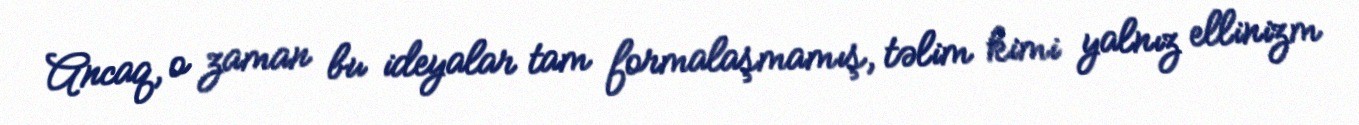
Ancaq, o zaman bu ideyalar tam formalaşmamış, təlim kimi yalnız ellinizm